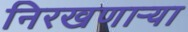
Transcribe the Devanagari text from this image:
निरखणाऱ्या